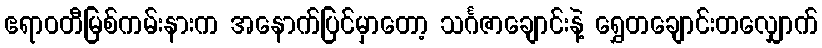
ဧရာဝတီမြစ်ကမ်းနားက အနောက်ပြင်မှာတော့ သင်္ဂဇာချောင်းနဲ့ ရွှေတချောင်းတလျှောက်